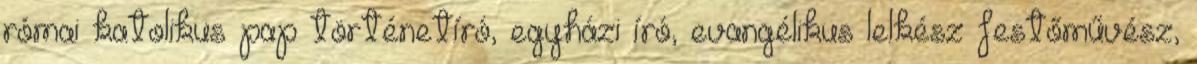
római katolikus pap történetíró, egyházi író, evangélikus lelkész festőművész,